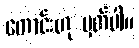
ကောင်းဟု မှတ်ပါ။